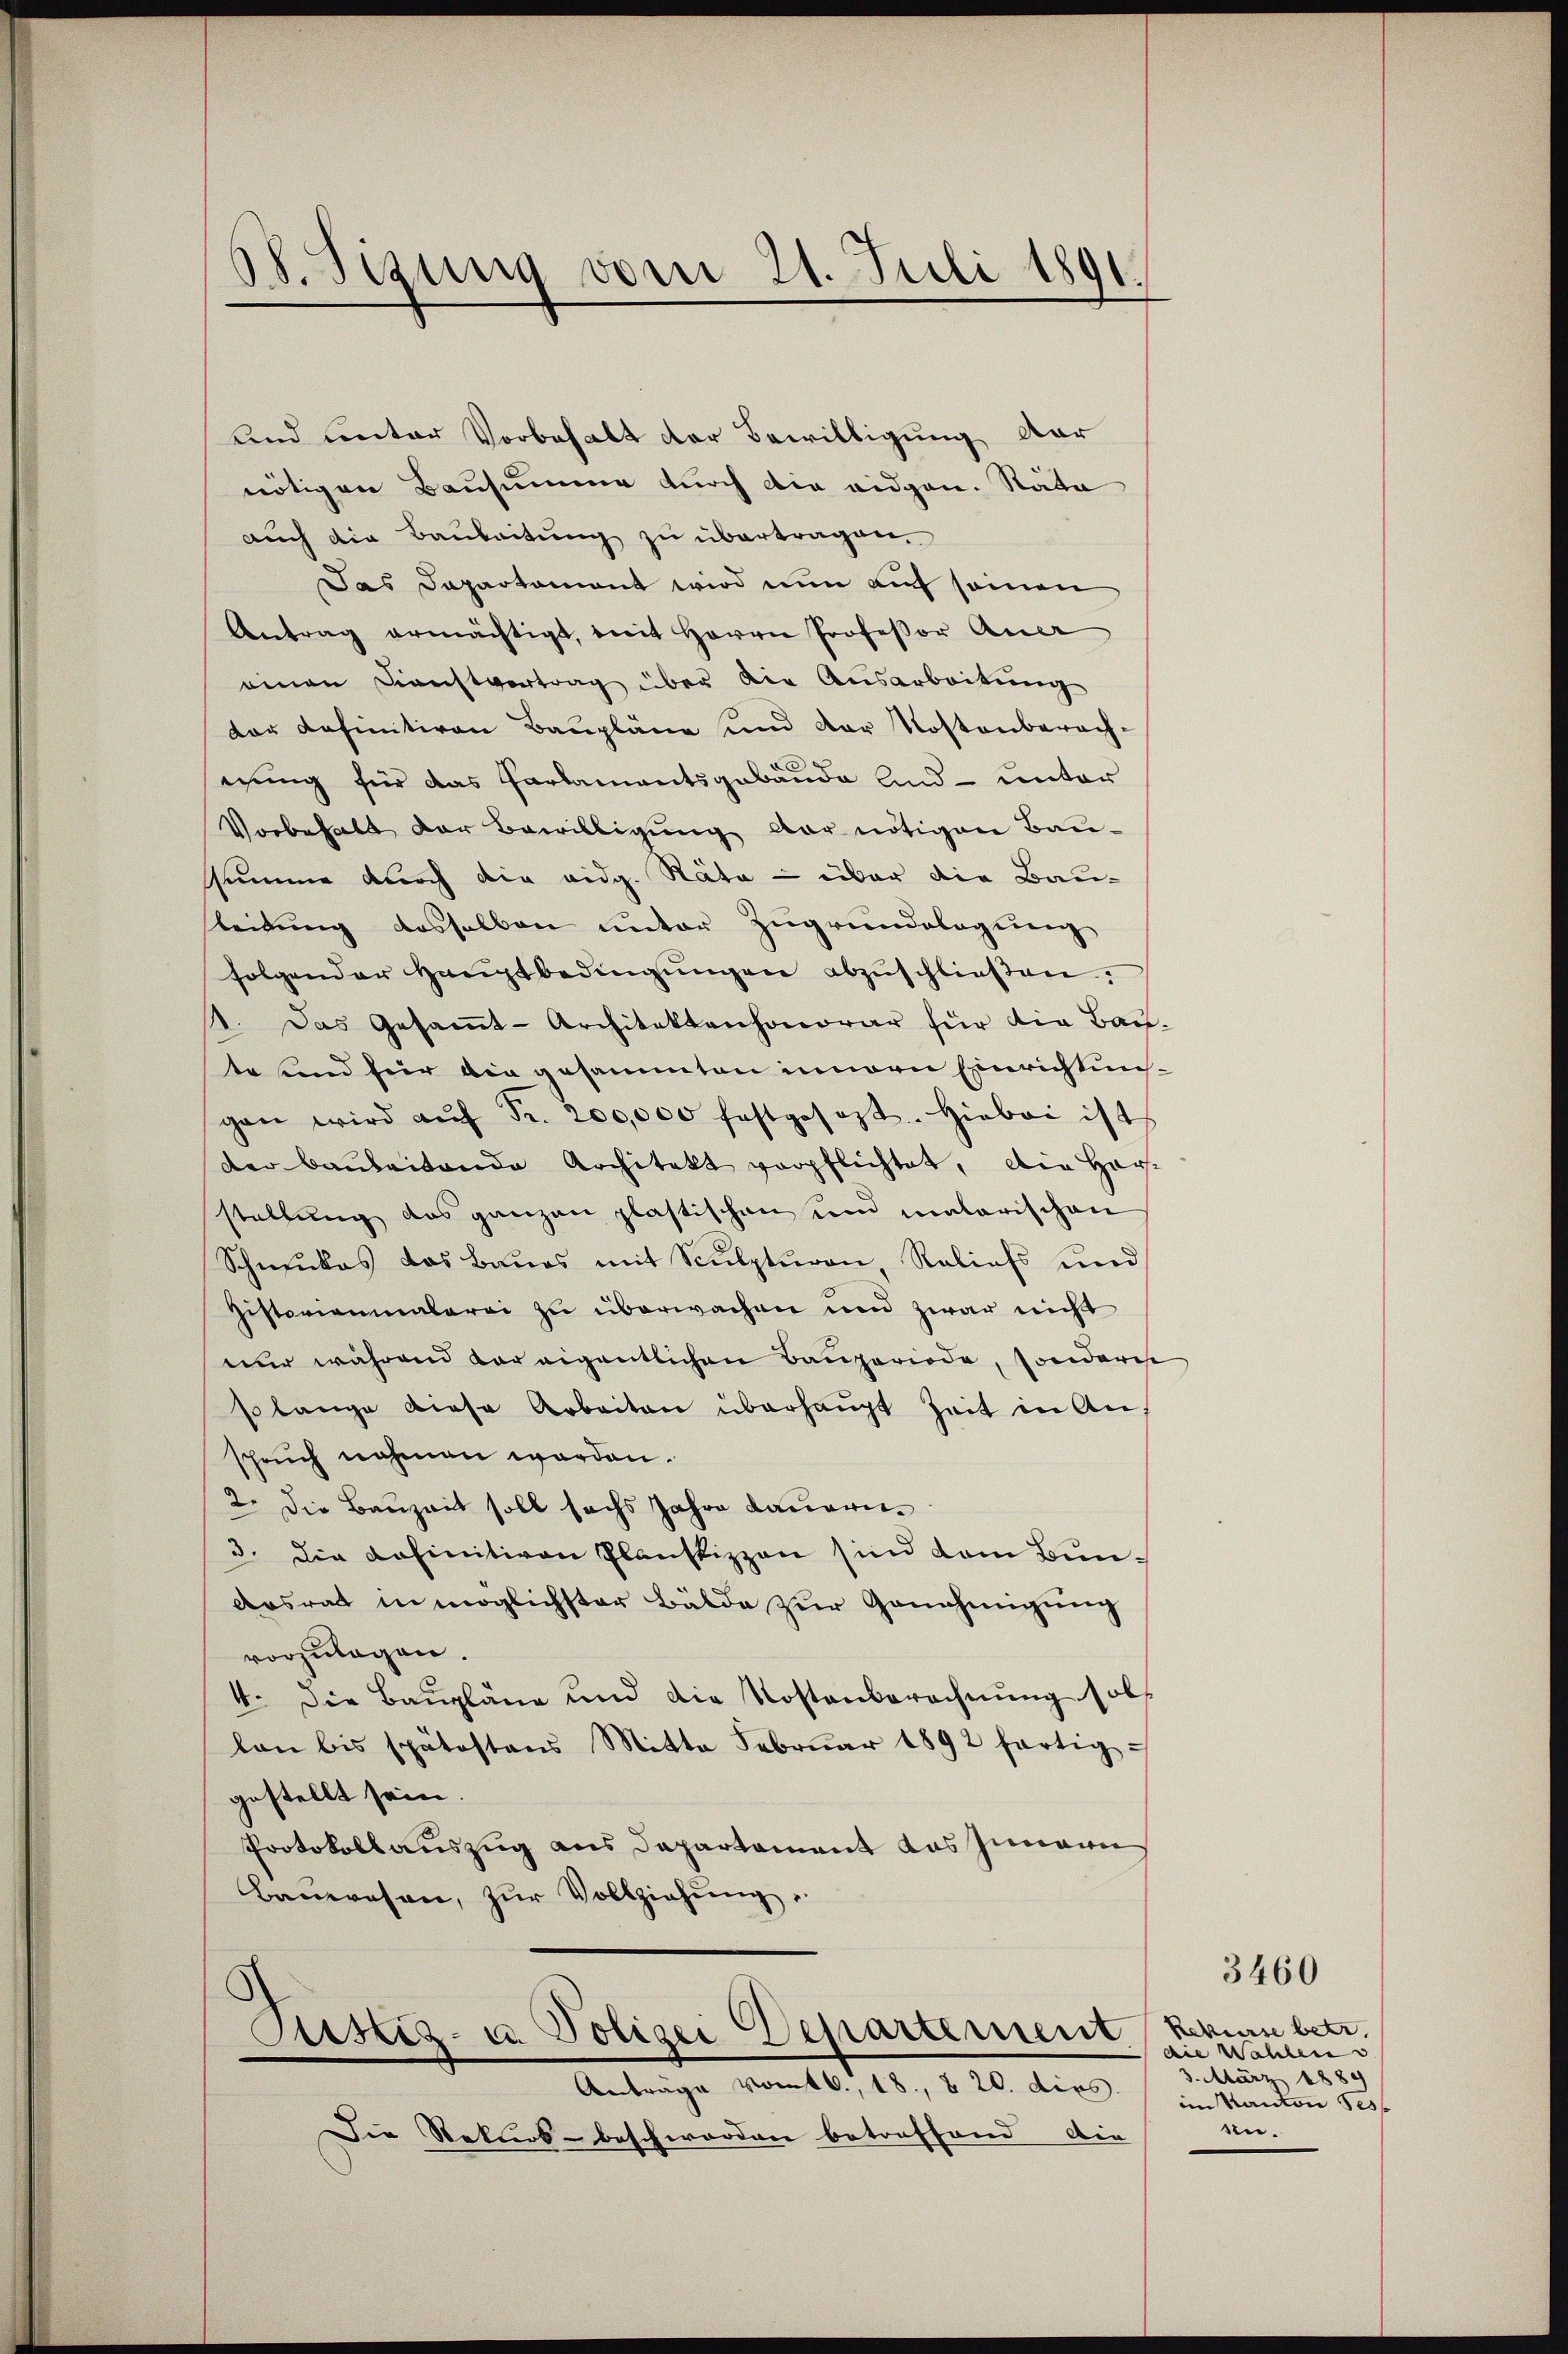
08. Sizung vom 21. Juli 1891.

und unter Vorbehalt der Bewilligung dar
nötigen Bausumme durch die eidgen. Stäte
auch die Baubeitung zu übertragen.
Das Departament wird nun auf seinen
Antrag ermächtigt, mit Herrn Professor Quer
einen Dienstvertrag über die Ausarbeitung
dor definitiven Baupläne und der Kostenberach-
wung für das Parlamentsgebäude und unter
Vorbehalt der Bewilligung der nötigen Bau-
summe durch die eidg. Räte — über die Bau-
leitung desselben unter Zugrundlagung
folgender Hauptbedingŭngen abzŭschließen:
4. Das Gesamt-Architektenhonorar für die Bau-
te und hier die gesammten innern Einrichtunggan wird aŭf Fr. 200,000 festgesezt. Hiebei ist
der Baŭbaitande Architekt verpflichtet, die har-
stellung das ganzen plastischen und malarischen
Schmukas das Baues mit Sculpturon, Reliefs und
Gistoriannalerei zu überwachen und zwar nicht
nur während dareigentlichen Bauperiode, sondern
solange diese Arbeiten überhaŭpt Zeit in Anspruch nahmen werden.
2. Die Bauzeit soll sechs Jahre Dauern¬
3. Die Definitiven Plaustizzen sind dem Bun¬
Arsrat in möglichster Bälde zur Genehmigung
vorzulegen.
4. Die Baŭpläne und die Kostenberechnŭng sollan bis spätestans Mitte Febrŭar 1892 fortig
gestellt sein
Protokollauszug aus Departement das Jenann
Bauwesen, zŭr Vollziehŭng

Sistiz- u. Polizei Departement
Anträge vom 16. 18., § 20. dies im Kanton Ses

Die Rekurs- beschworden betreffend die

3460

Rekurse betr.
die Wahlen v
3. März 1889
en.